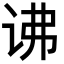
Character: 𬣧